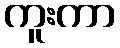
ကူးကာ